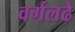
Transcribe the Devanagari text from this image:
वर्गलढे